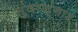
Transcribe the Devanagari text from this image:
सुंदरशृंगार